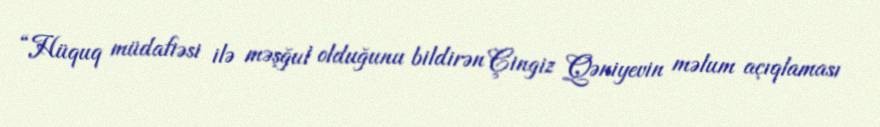
“Hüquq müdafiəsi ilə məşğul olduğunu bildirən Çingiz Qəniyevin məlum açıqlaması